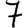
Digit: 7